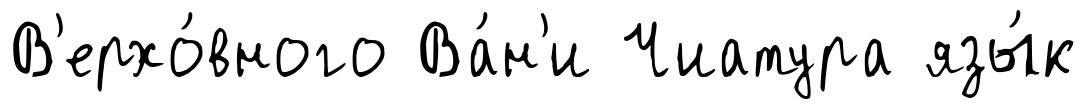
В'ерхо́вного Ва́н'и Чиатура язы́к